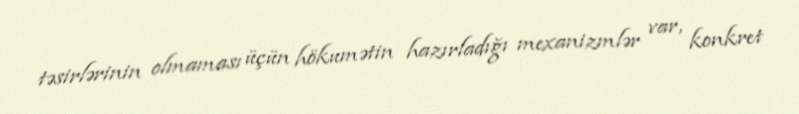
təsirlərinin olmaması üçün hökumətin hazırladığı mexanizmlər var, konkret